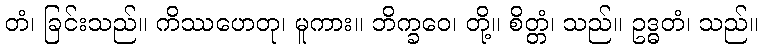
တံ၊ ခြင်းသည်။ ကိဿဟေတု၊ မူကား။ ဘိက္ခဝေ၊ တို့။ စိတ္တံ၊ သည်။ ဥဒ္ဓတံ၊ သည်။